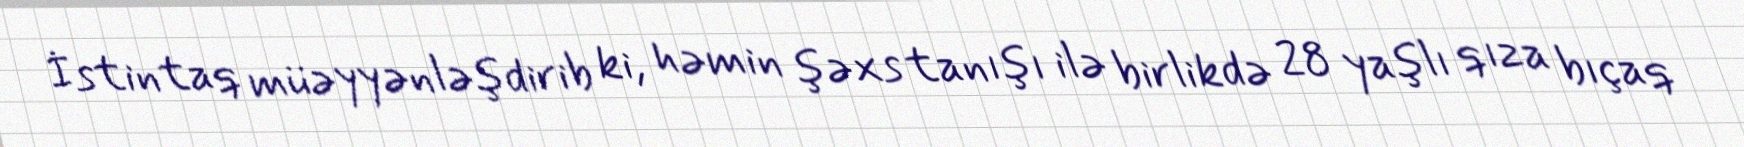
İstintaq müəyyənləşdirib ki, həmin şəxs tanışı ilə birlikdə 28 yaşlı qıza bıçaq